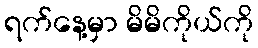
ရက်နေ့မှာ မိမိကိုယ်ကို